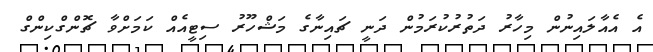
އެ އެއާލައިނުން މިހާރު ދަތުރުކުރަމުން ދަނީ ޗައިނާގެ މަޝްހޫރު ސިޓީއެއް ކަމަށްވާ ޗޮންގްކިންގް